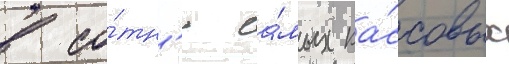
в со́тн'ю са́мых ка́ссовых